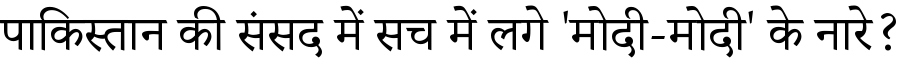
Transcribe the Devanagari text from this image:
पाकिस्तान की संसद में सच में लगे 'मोदी-मोदी' के नारे?